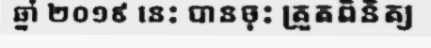
ឆ្នាំ ២០១៩ នេះ បានចុះ ត្រួតពិនិត្យ